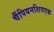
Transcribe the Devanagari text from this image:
चैंपियनशिपएक